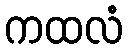
ကထလံ